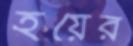
হয়ের